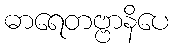
ဓာရေတဗ္ဗာနိပေ